Philaematomyia insignis, Austen - Number 54
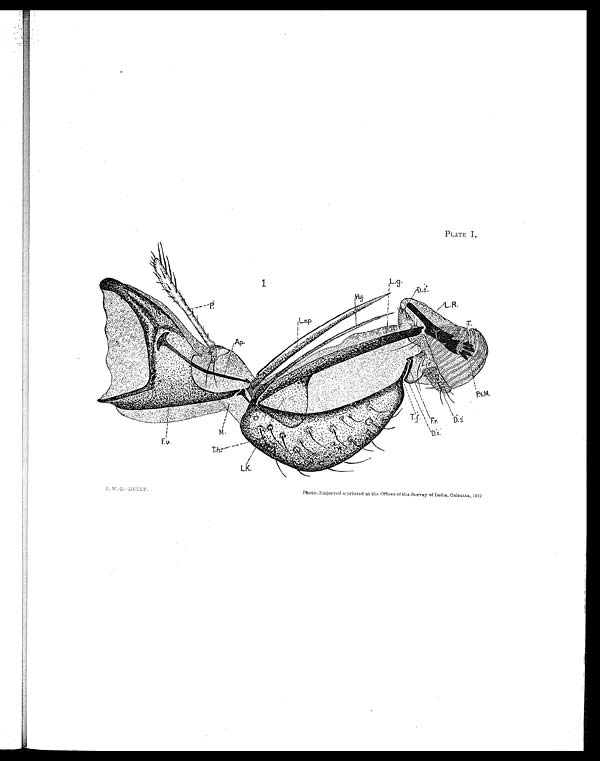
PLATE I.
F. W. C. -DELET.
Photo.-Engraved & printed at the Offices of the Survey of India, Calcutta, 1912